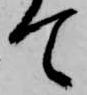
て